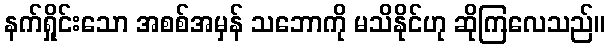
နက်ရှိုင်းသော အစစ်အမှန် သဘောကို မသိနိုင်ဟု ဆိုကြလေသည်။